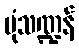
ပုံသဏ္ဍန်